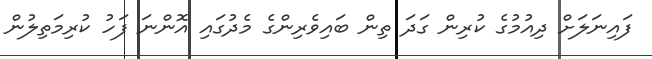
ފައިނަލަށް ދިއުމުގެ ކުރިން ގަދަ ތިން ބައިވެރިންގެ މެދުގައި އޮންނަ ފަހު ކުރިމަތިލުން